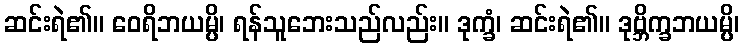
ဆင်းရဲ၏။ ဝေရိဘယမ္ပိ၊ ရန်သူဘေးသည်လည်း။ ဒုက္ခံ၊ ဆင်းရဲ၏။ ဒုဗ္ဘိက္ခဘယမ္ပိ၊